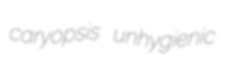
caryopsis unhygienic